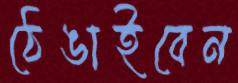
ঠেঙাইবেন